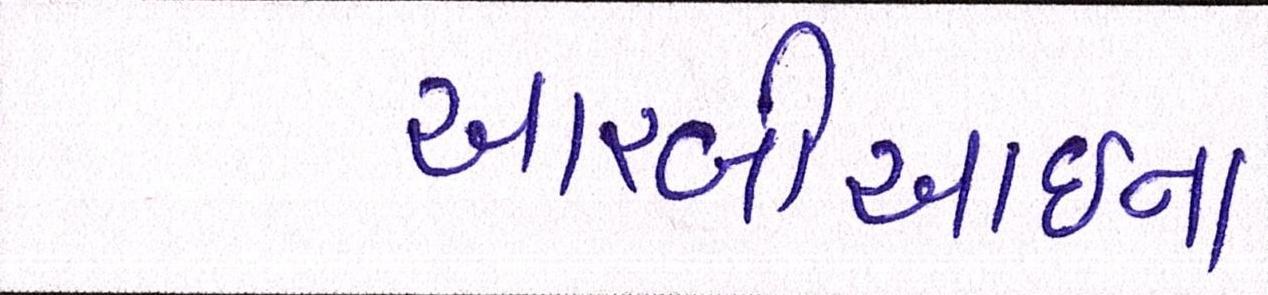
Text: આરબીઆઇના